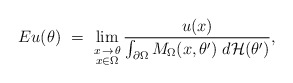
\begin{align*}Eu(\theta)\ =\ \lim_{\stackrel{\hbox{\scriptsize $x\!\rightarrow\!\theta$}}{x\in\Omega}}\frac{u(x)}{\int_{\partial\Omega}M_\Omega(x,\theta')\;d\mathcal{H}(\theta')},\end{align*}